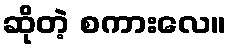
ဆိုတဲ့ စကားလေ။